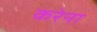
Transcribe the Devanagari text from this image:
करेना